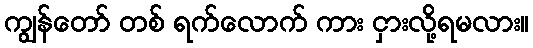
ကျွန်တော် တစ် ရက်လောက် ကား ငှားလို့ရမလား။